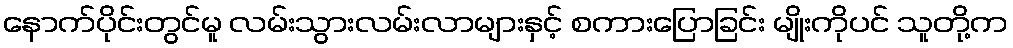
နောက်ပိုင်းတွင်မူ လမ်းသွားလမ်းလာများနှင့် စကားပြောခြင်း မျိုးကိုပင် သူတို့က